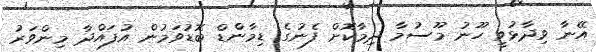
އޭނާ ވިދާޅުވީ ހޫނު މޫސުމާ ދިމާކޮށް ފެނުގެ ޑިމާންޑް ބޮޑުވަމުން އުފައްދާ މިންވަރު